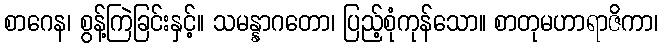
စာဂေန၊ စွန့်ကြဲခြင်းနှင့်။ သမန္နာဂတော၊ ပြည့်စုံကုန်သော။ စာတုမဟာရာဇိကာ၊